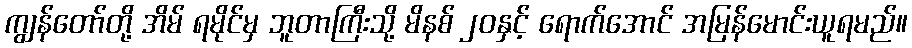
ကျွန်တော်တို့ အိမ် ရမိုင်မှ ဘူတာကြီးသို့ မိနစ် ၂၀နှင့် ရောက်အောင် အမြန်မောင်းယူရမည်။